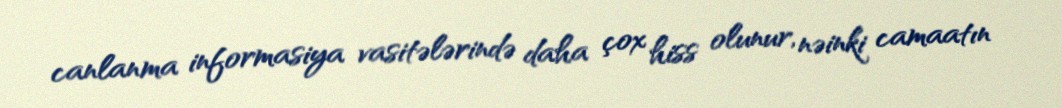
canlanma informasiya vasitələrində daha çox hiss olunur, nəinki camaatın